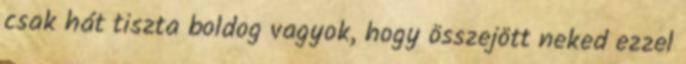
csak hát tiszta boldog vagyok, hogy összejött neked ezzel